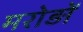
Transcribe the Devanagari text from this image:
मरोड़ों